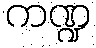
ကဏ္ဍ